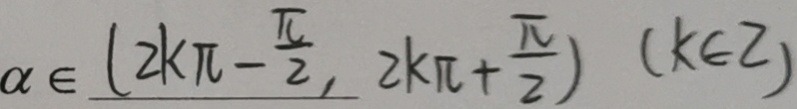
\alpha \in ( 2 k \pi - \frac { \pi } { 2 } , 2 k \pi + \frac { \pi } { 2 } ) ( k \in z )